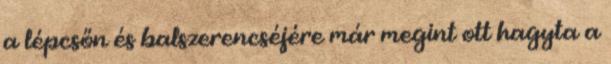
a lépcsőn és balszerencséjére már megint ott hagyta a